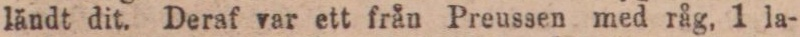
ländt dit. Deraf var ett från Preussen med råg, 1 la-